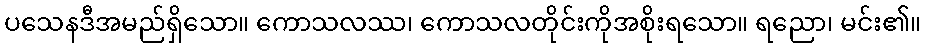
ပသေနဒီအမည်ရှိသော။ ကောသလဿ၊ ကောသလတိုင်းကိုအစိုးရသော။ ရညော၊ မင်း၏။